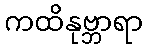
ကထိနုဗ္ဘာရာ